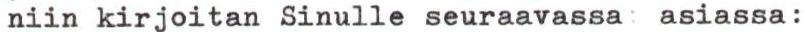
niin kirjoitan Sinulle seuraavassa asiassa: